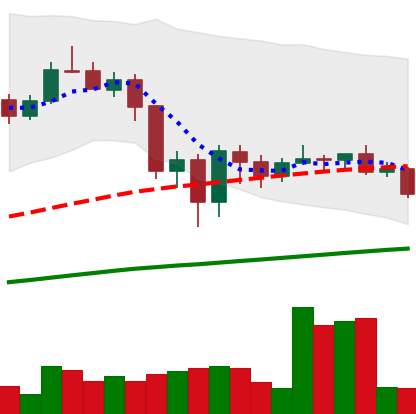
Ticker: LINK-USD
Chart end date: 2020-09-15
Forward return: -11.022%
Label: down_7plus